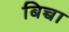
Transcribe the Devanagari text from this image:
बिच्चा